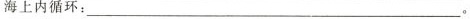
海上内循环：___。